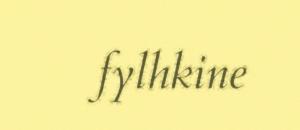
fylhkine